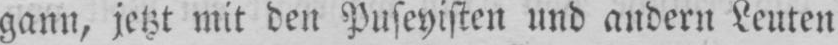
gann, jetzt mit den Puseyisten und andern Leuten